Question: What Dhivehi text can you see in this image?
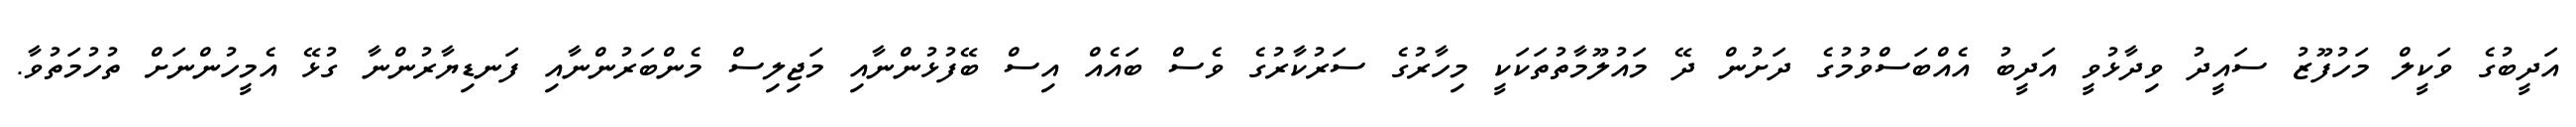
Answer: އަދީބުގެ ވަކީލް މަހުފޫޒު ސައީދު ވިދާޅުވީ އަދީބު އެއްބަސްވުމުގެ ދަށުން ދޭ މައުލޫމާތުތަކަކީ މިހާރުގެ ސަރުކާރުގެ ވެސް ބައެއް އިސް ބޭފުޅުންނާއި މަޖިލިސް މެންބަރުންނާއި ފަނޑިޔާރުންނާ ގުޅޭ އެމީހުންނަށް ތުހުމަތުވާ.